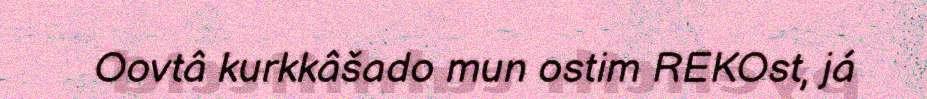
Oovtâ kurkkâšado mun ostim REKOst, já